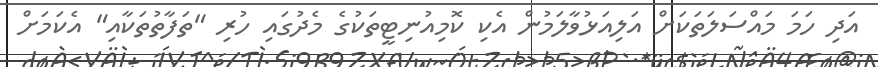
އަދި ހަމަ މައްސަލަތަކަށް އަލިއަޅުވާލަމުން އެކި ކޮމިއުނިޓީތަކުގެ މެދުގައި ހުރި "ތަފާތުތަކާއި" އެކަމަށް